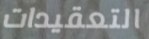
التعقيدات